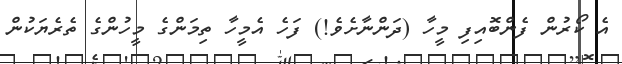
އެ ކޯރުން ފެންބޮއިފި މީހާ (ދަންނާށެވެ!) ފަހެ އެމީހާ ތިމަންގެ މީހުންގެ ތެރެޔަކުން